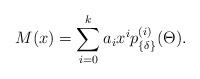
LaTeX: \begin{align*}M(x) = \sum_{i=0}^k a_ix^i p^{(i)}_{\{\delta\}} (\Theta).\end{align*}